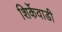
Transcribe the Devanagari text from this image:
शिर्केवाडी